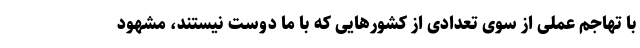
با تهاجم عملی از سوی تعدادی از کشورهایی که با ما دوست نیستند، مشهود